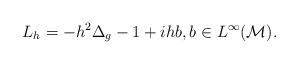
LaTeX: \begin{align*} L_h= - h^2 \Delta_g -1 + i h b, b \in L^\infty(\mathcal{M}). \end{align*}